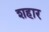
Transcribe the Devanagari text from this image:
शहार